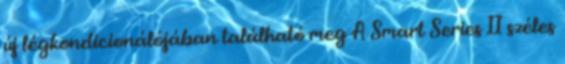
új légkondicionálójában található meg A Smart Series II széles